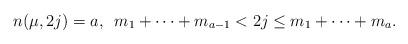
LaTeX: \begin{align*}n(\mu,2j) = a, \,\ m_1 + \cdots + m_{a-1} < 2j \leq m_1 + \cdots + m_a.\end{align*}